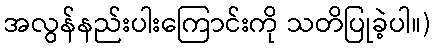
အလွန်နည်းပါးကြောင်းကို သတိပြုခဲ့ပါ။)